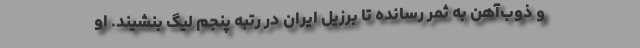
و ذوب‌آهن به ثمر رسانده تا برزیل ایران در رتبه پنجم لیگ بنشیند. او